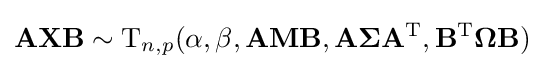
\mathbf {AXB} \sim {\rm {T}}_{n,p}(\alpha ,\beta ,\mathbf {AMB} ,\mathbf {A} {\boldsymbol {\Sigma }}\mathbf {A} ^{\rm {T}},\mathbf {B} ^{\rm {T}}{\boldsymbol {\Omega }}\mathbf {B} )